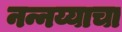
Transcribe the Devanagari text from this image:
नन्नय्याचा